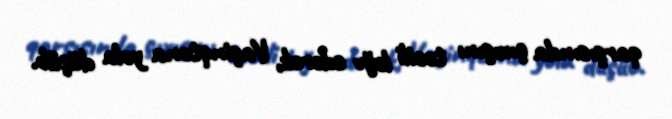
qarşısında çıxışını təcili ləğv edərək, Vaşinqtona yola düşüb.